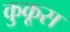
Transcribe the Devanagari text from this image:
कुकूस